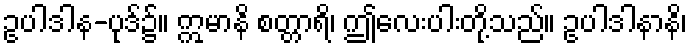
ဥပါဒါန-ပုဒ်၌။ ဣမာနိ စတ္တာရိ၊ ဤလေးပါးတို့သည်။ ဥပါဒါနာနိ၊